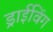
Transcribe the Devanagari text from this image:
ड्राईविंग